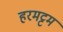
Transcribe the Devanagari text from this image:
हरमट्टम